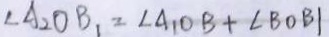
\angle A _ { 2 } O B _ { 1 } = \angle A _ { 1 } O B + \angle B O B \vert